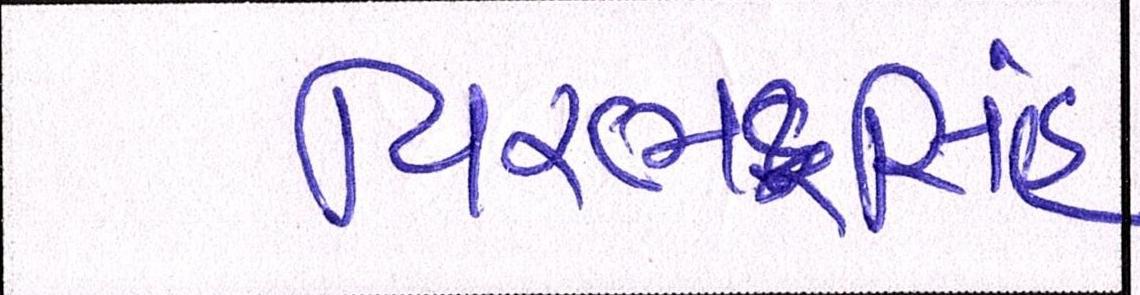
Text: વિરભદ્રસિંહ